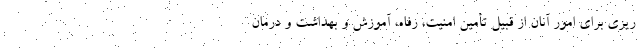
ریزی برای امور آنان از قبیل تأمین امنیت، رفاه، آموزش و بهداشت و درمان